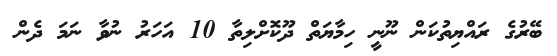
ބޭރުގެ ރައްޔިތުކަން ނޫނީ ހިމާޔަތް ދޫކޮށްލިތާ 10 އަހަރު ނުވާ ނަމަ ދެން